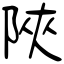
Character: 陜